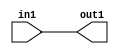
module MOV(in1, out1);
input [31:0] in1;
output [31:0] out1;
assign out1 = in1;

endmodule